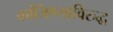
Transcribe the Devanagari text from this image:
कांजिण्याविरुद्ध